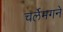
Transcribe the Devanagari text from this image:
चर्लेमगने